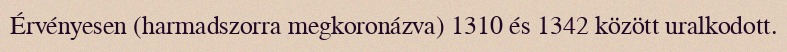
Érvényesen (harmadszorra megkoronázva) 1310 és 1342 között uralkodott.